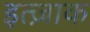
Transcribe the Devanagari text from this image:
इत्ज़ाक